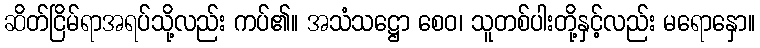
ဆိတ်ငြိမ်ရာအရပ်သို့လည်း ကပ်၏။ အသံသဋ္ဌော စေဝ၊ သူတစ်ပါးတို့နှင့်လည်း မရောနှော။